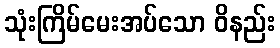
သုံးကြိမ်မေးအပ်သော ဝိနည်း